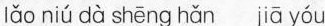
lǎo niú dà shēng hǎn jiā yóu